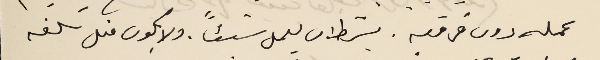
عمله دون فرقعة. بشرط ان يعمل شيئاً. ولا يكون متل سَلفه